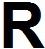
R